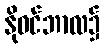
နိုဝင်ဘာလ၌